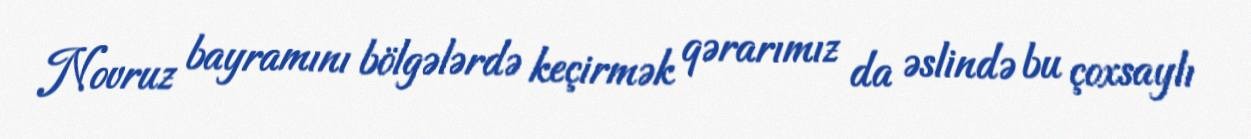
Novruz bayramını bölgələrdə keçirmək qərarımız da əslində bu çoxsaylı